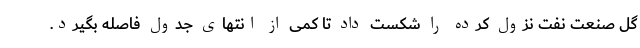
گل صنعت نفت نزول کرده را شکست داد تا کمی از انتهای جدول فاصله بگیرد.